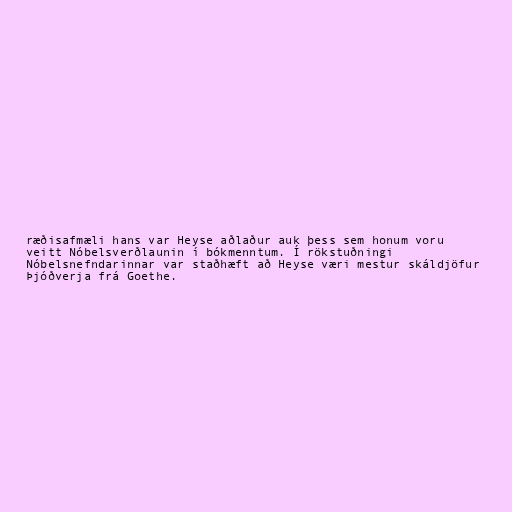
ræðisafmæli hans var Heyse aðlaður auk þess sem honum voru
veitt Nóbelsverðlaunin í bókmenntum. Í rökstuðningi
Nóbelsnefndarinnar var staðhæft að Heyse væri mestur skáldjöfur
Þjóðverja frá Goethe.